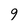
Character: 9